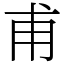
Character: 甫